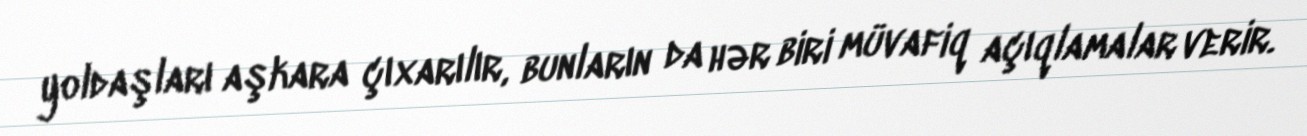
yoldaşları aşkara çıxarılır, bunların da hər biri müvafiq açıqlamalar verir.